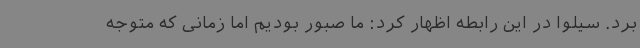
برد. سیلوا در این رابطه اظهار کرد: ما صبور بودیم اما زمانی که متوجه